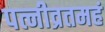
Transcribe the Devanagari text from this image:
पत्नीव्रतमहं